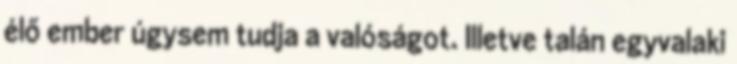
élő ember úgysem tudja a valóságot. Illetve talán egyvalaki